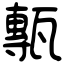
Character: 甎